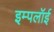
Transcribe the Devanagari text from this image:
इम्पलॉई